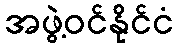
အဖွဲ့ဝင်နိုင်ငံ